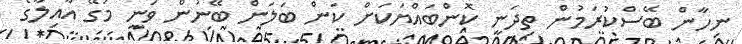
ނިހާން ބޭސްކުރަމުން ތިދަނީ ކޮންބައްޔަކަށް ކަން ބަލަން ބޭނުން ވަނީ މަގޭ އާއިލާގެ